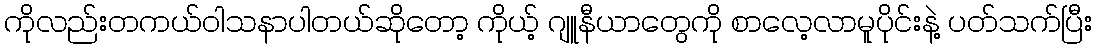
ကိုလည်းတကယ်ဝါသနာပါတယ်ဆိုတော့ ကိုယ့် ဂျူနီယာတွေကို စာလေ့လာမူပိုင်းနဲ့ ပတ်သက်ပြီး